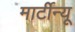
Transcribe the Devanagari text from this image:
मार्टीन्यू